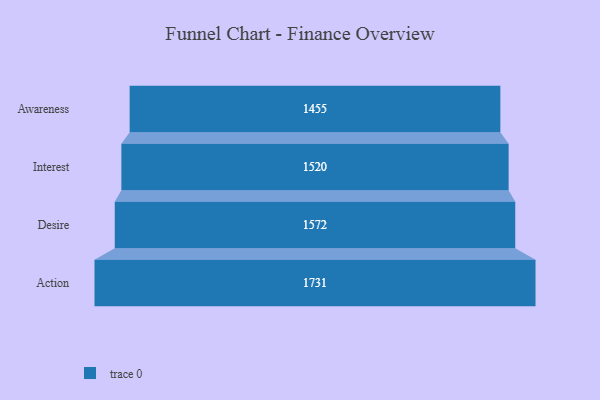
{"axis": {"x": "Stage", "y": "Value"}, "legend": [""], "data": [{"x": "Awareness", "y": 1455.0, "type": ""}, {"x": "Interest", "y": 1520.0, "type": ""}, {"x": "Desire", "y": 1572.0, "type": ""}, {"x": "Action", "y": 1731.0, "type": ""}]}